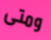
ومتى